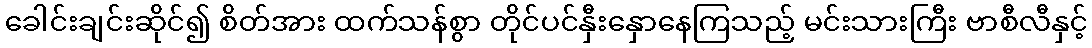
ခေါင်းချင်းဆိုင်၍ စိတ်အား ထက်သန်စွာ တိုင်ပင်နှီးနှောနေကြသည့် မင်းသားကြီး ဗာစီလီနှင့်